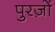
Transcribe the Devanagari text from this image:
पुरज़ों